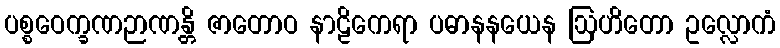
ပစ္စဝေက္ခဏဉာဏန္တိ ဇာတောဝ နာဠိကေရာ ပဓာနနယေန ဩဟိတော ဥလ္လောကံ